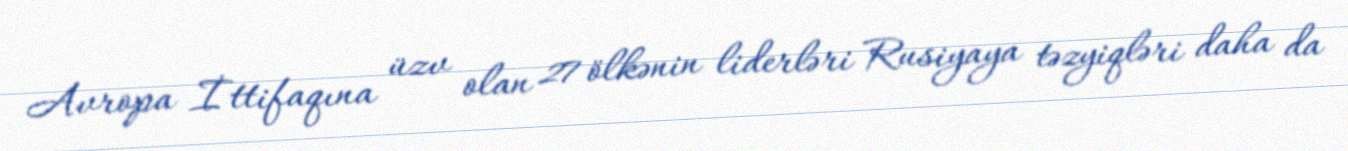
Avropa İttifaqına üzv olan 27 ölkənin liderləri Rusiyaya təzyiqləri daha da